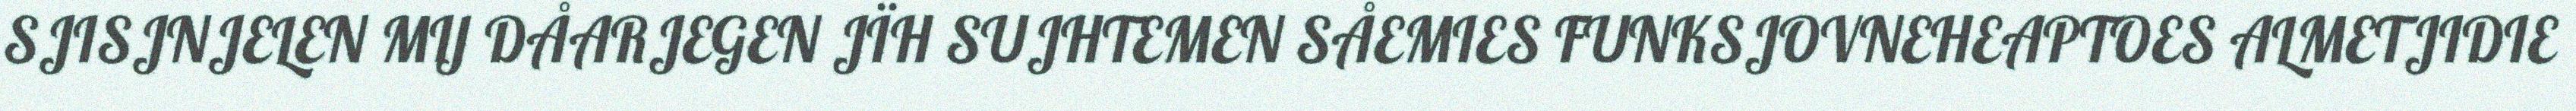
SJISJNJELEN MIJ DÅARJEGEN JÏH SUJHTEMEN SÅEMIES FUNKSJOVNEHEAPTOES ALMETJIDIE